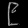
Digit: ၉